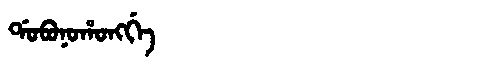
Manchu: ᡩᠣᠪᠣᠨᠣᡥᠣᠩᡤᡝ
Romanization: DOBONOHONGGE